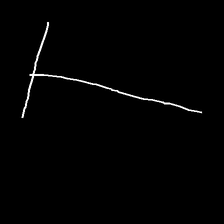
Glyph: column